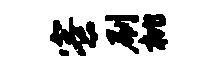
寮刷枇